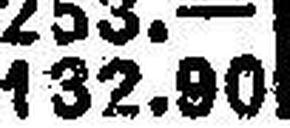
132.90